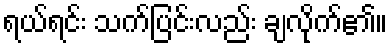
ရယ်ရင်း သက်ပြင်းလည်း ချလိုက်၏။